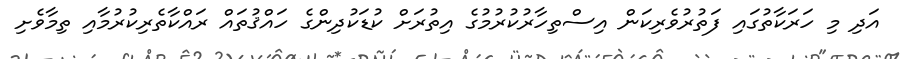
އަދި މި ހަރަކާތުގައި ފަތުރުވެރިކަން އިސްތިހާރުކުރުމުގެ އިތުރަށް ކުޑަކުދިންގެ ހައްޤުތައް ރައްކާތެރިކުރުމާއި ތިމާވެށި